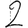
Digit: 2